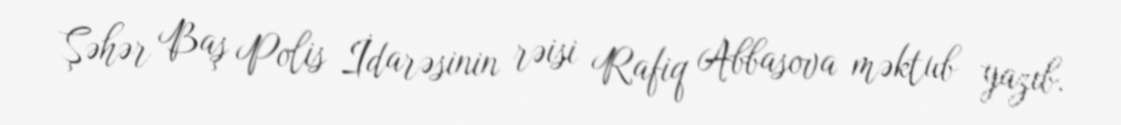
Şəhər Baş Polis İdarəsinin rəisi Rafiq Abbasova məktub yazıb.